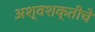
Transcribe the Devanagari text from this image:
अश्वशक्तीचे